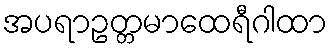
အပရာဥတ္တမာထေရီဂါထာ